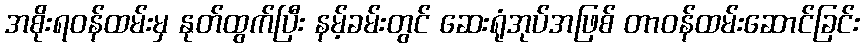
အစိုးရဝန်ထမ်းမှ နုတ်ထွက်ပြီး နမ့်ခမ်းတွင် ဆေးရုံအုပ်အဖြစ် တာဝန်ထမ်းဆောင်ခြင်း